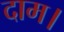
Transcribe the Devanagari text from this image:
दाम।